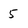
Character: 5